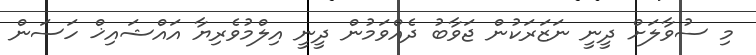
މި ސުވާލަށް ދީނީ ނަޒަރަކުން ޖަވާބު ދެއްވަމުން ދީނީ އިލްމުވެރިޔާ އައްޝައިޚް ހަސަން